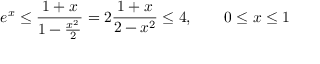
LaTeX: e ^ { x } \leq { \frac { 1 + x } { 1 - { \frac { x ^ { 2 } } { 2 } } } } = 2 { \frac { 1 + x } { 2 - x ^ { 2 } } } \leq 4 , \qquad 0 \leq x \leq 1